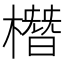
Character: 橬